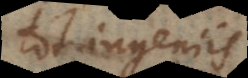
tot ingeniis